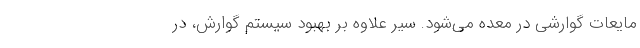
مایعات گوارشی در معده می‌شود. سیر علاوه بر بهبود سیستم گوارش، در